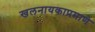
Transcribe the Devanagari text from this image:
खलनायकाप्रमाणे